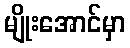
မျိုးအောင်မှာ